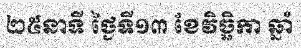
២៥នាទី ថ្ងៃទី១៣ ខែវិច្ឆិកា ឆ្នាំ